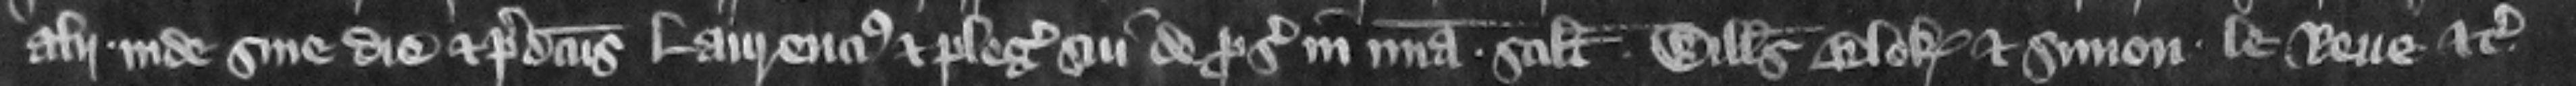
alii inde sine die et predictus Laurencius et plegii sui de prosequendo in misericordia scilicet Willelmus Blok et Simon le Reue etc.